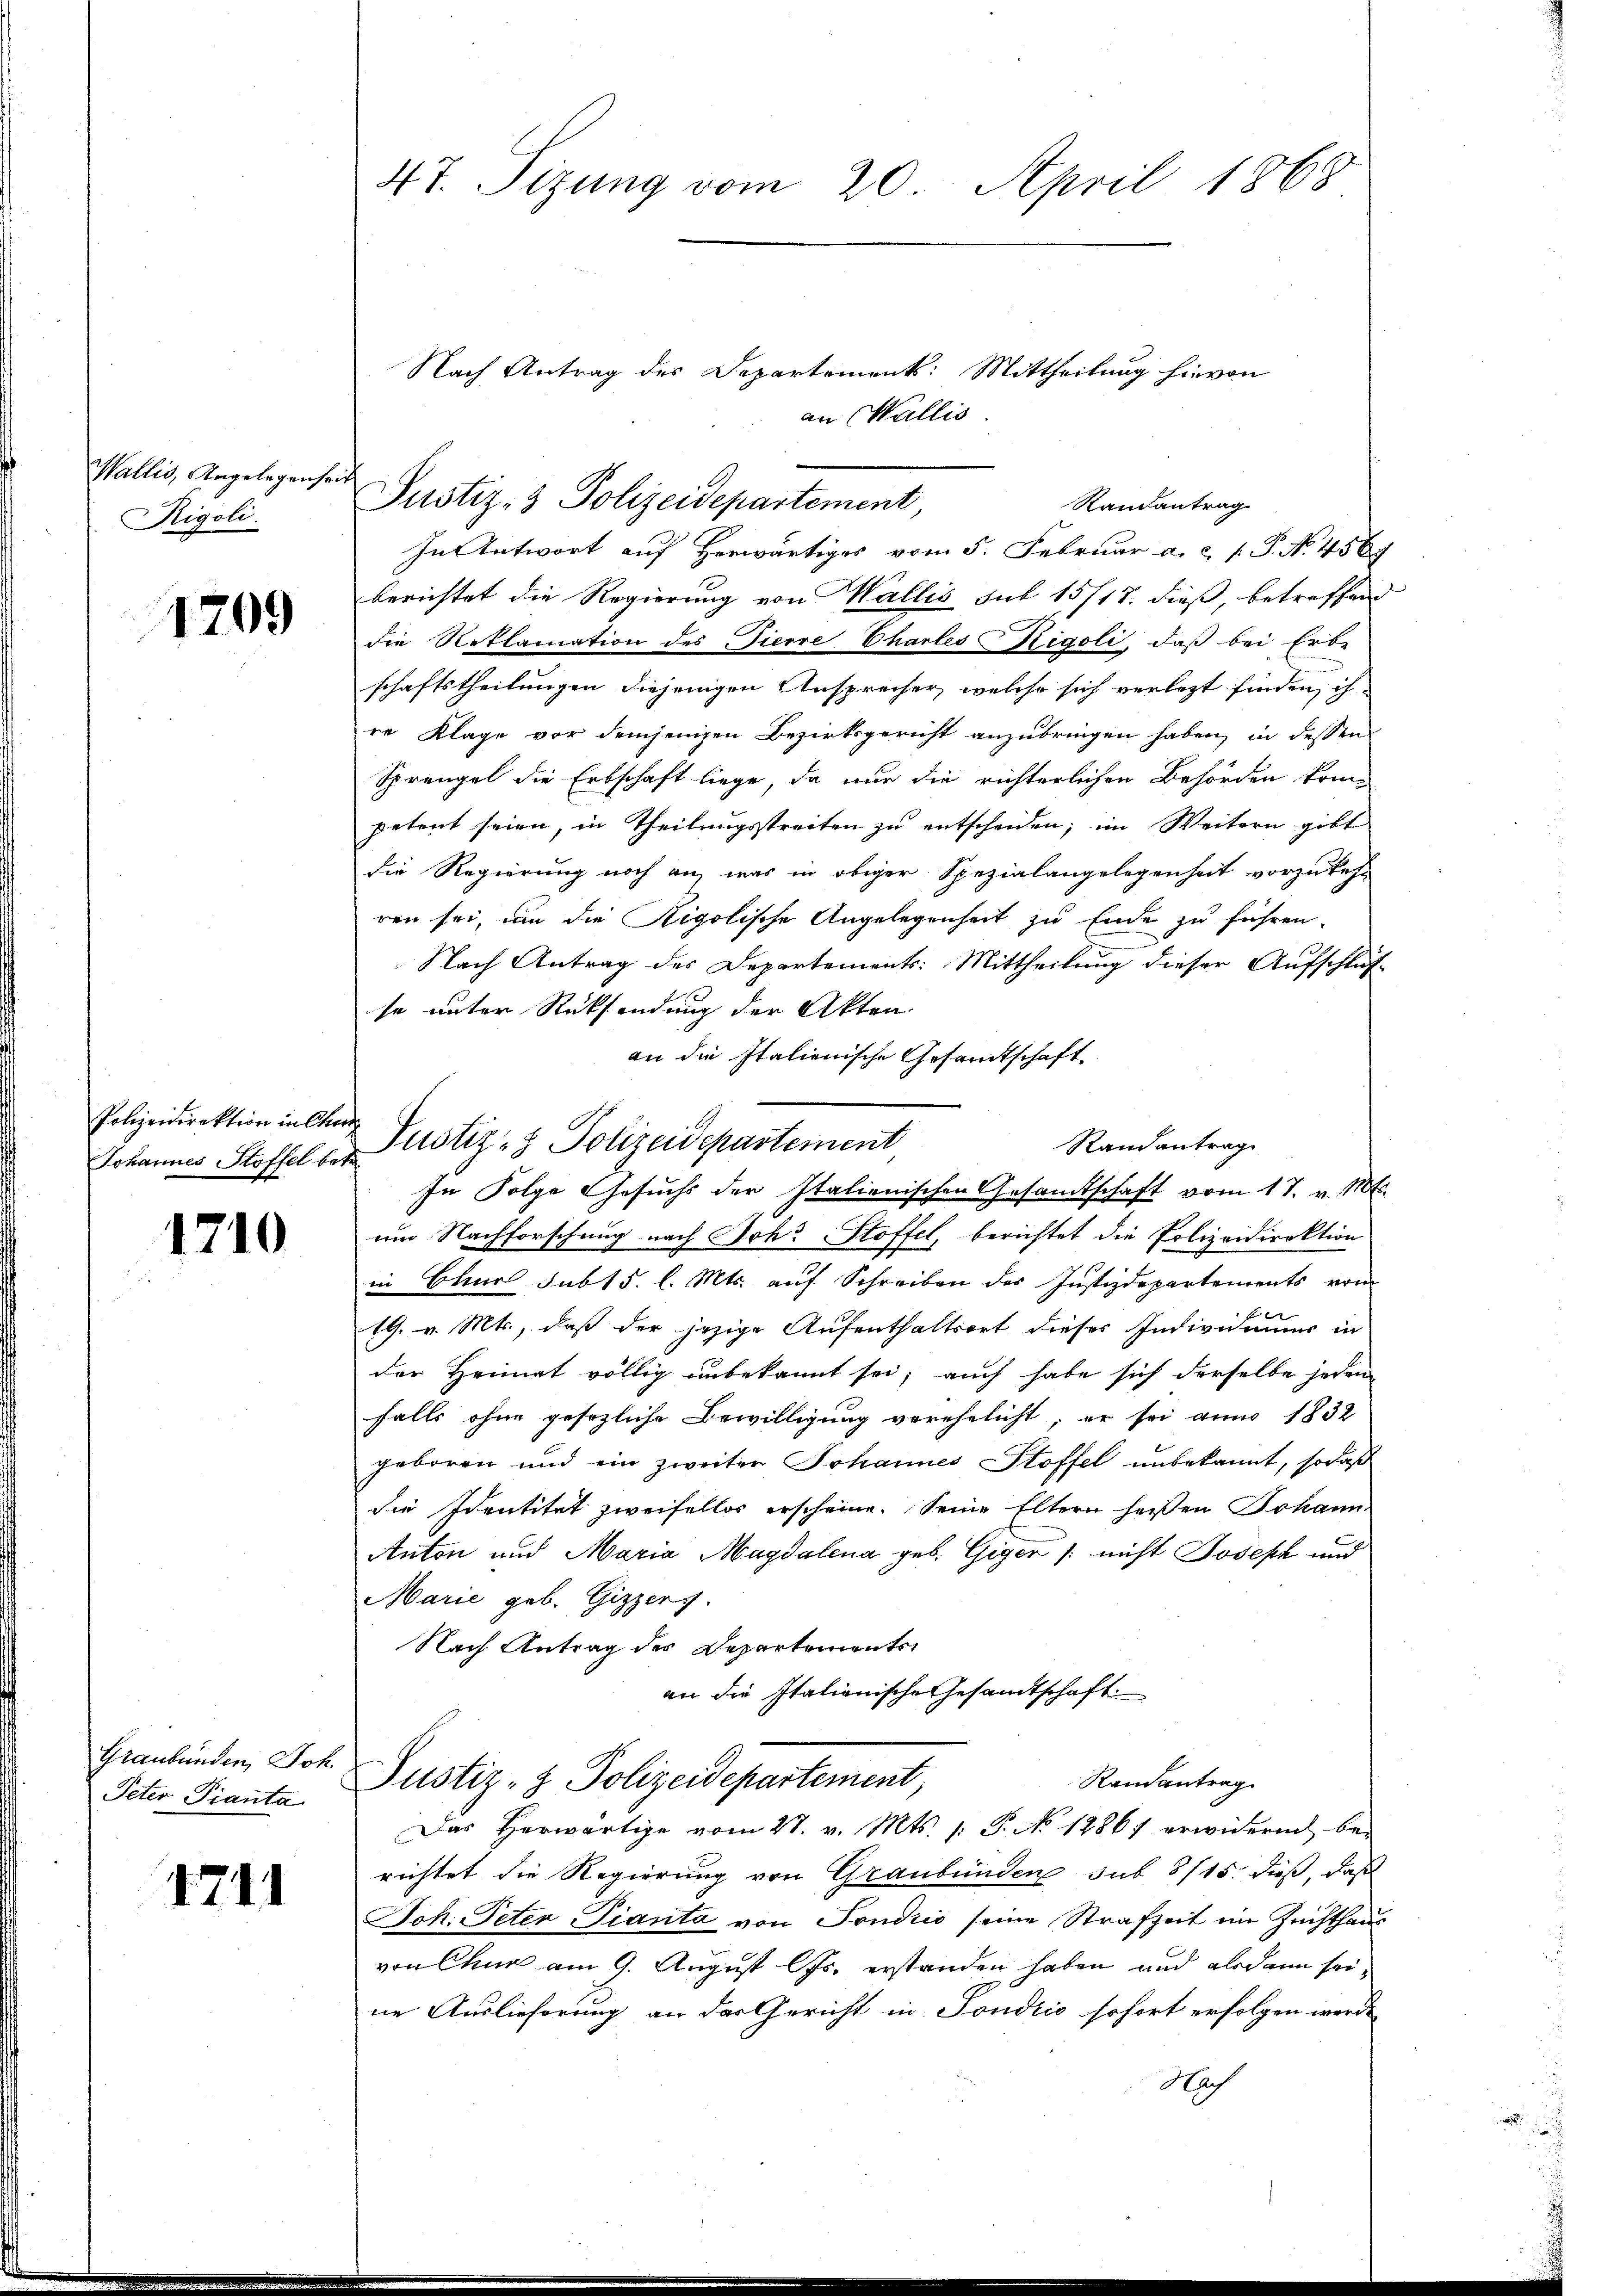
Wallis, Angelegenheit
Rigoli.

1209

Polizeidirektion in Chur

1710

Graubünden, Joh.
Peter Pianta

1711

47. Sizung vom 20. April 1868

Nach Antrag des Departement: Mittheilung hievon
an Wallis.
Randantrag
In Antwort auf Herwärtiges vom 5. Februar a. c. 1 P. N. 458
berichtet die Regierung von Wallis sub 15/17. dieß, betreffen
die Reklamation des Tierre Chartes Rigoli, daß bei Erbe
schaftstheilungen diejenigen Ansprecher, welche sich verlegt finden, ih
re Klage vor demjenigen Bezirksgericht anzubringen haben, in dessen
Sprengel die Erbschaft liege, da nur die richterlichen Behörden kompetent seien, in Theilungsstreiten zu entscheiden; im Weitern gibt
die Regierung noch an, was in obiger Spezialangelegenheit vorzukehr
ren sei, um die Rigolische Angelegenheit zu Ende zu führen.
Nach Antrag des Departements: Mittheilung dieser Aufschluß
se unter Rücksendung der Akten
an die Italienische Gesandtschaft
Randantrage
In Folge Gesuchs der Italienischen Gesamtschaft vom 17. v. M.
um Nachforschung nach Joh. Stoffel, berichtet die Polizeidirektion
in Chur sub 15. l. Mts. auf Schreiben des Justizdepartements vom
 f 6 x
19. v. Mts., daß der jezige Aufenthaltsort dieses Indivimus in
der Heimat völlig unbekannt sei; auch habe sich derselbe jeden
falls ohne gesezliche Bewilligung verehelicht, er sei aun 1832
geboren und ein zweiter Johannes Stoffel unbekannt, sodaß
die Identität zweifellos erscheine. Seine Eltern heißen Johann
Anton und Maria Magdalena geb. Giger /: nicht Joseph und
Marie geb. Gizzers.
Nach Antrag der Departementsan die Italienische Gesandtschaft.
Randantrag
Justiz- & Polizeidepartement
Das Herwärtige vom 27. v. Mts. (: P. No 12867 erwidernd be-
richtet die Regierung von Graubünden sub 8/15. dieß, daß
Joh. Peter Pianta von Tondico seine Strafzeit im Zuchthau
von Chur am 9. August lJs. erstanden haben und alsdann seine Auslieferung an der Gericht in Sondico sofort erfolgen werde,
Hach

Johannes Stoffel von Pustiz- & Polizeidepartement

Justiz- & Polizeidepartement,